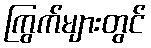
ကြွက်များတွင်